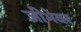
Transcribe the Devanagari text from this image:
जीभेवर